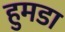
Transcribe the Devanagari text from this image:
हुमडा